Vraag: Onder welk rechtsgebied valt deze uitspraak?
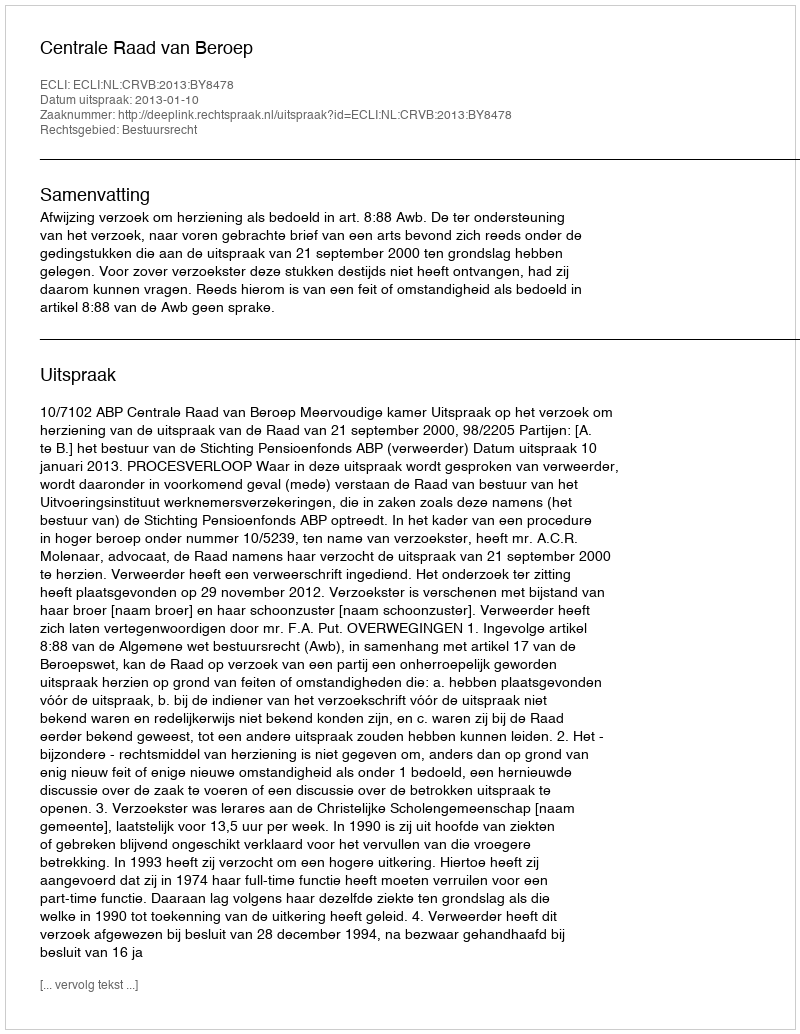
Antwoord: Bestuursrecht